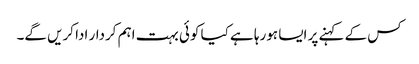
کس کے کہنے پر ایسا ہورہا ہے کیا کوئی بہت اہم کردار ادا کریں گے۔